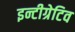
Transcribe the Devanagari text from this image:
इन्टीग्रेटिव